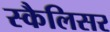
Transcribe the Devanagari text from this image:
स्कैलिसर